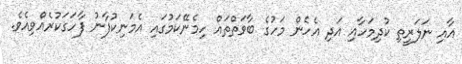
އާއި ނަލަރީތި ކުދިމަހާއި އަދި އެހެން މަހުގެ ބާވަތްތައް ހިމެނޭކަމުގައި އެމަނިކުފާނު ފާހަގަކުރެއްވިއެވެ.